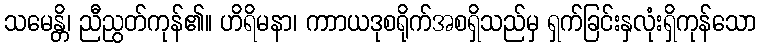
သမေန္တိ၊ ညီညွတ်ကုန်၏။ ဟိရိမနာ၊ ကာာယဒုစရိုက်အစရှိသည်မှ ရှက်ခြင်းနှလုံးရှိကုန်သော